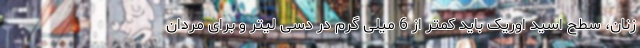
زنان، سطح اسید اوریک باید کمتر از 6 میلی گرم در دسی لیتر و برای مردان